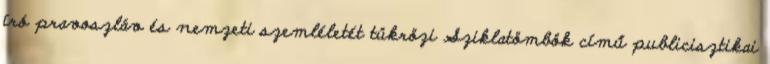
író pravoszláv és nemzeti szemléletét tükrözi Sziklatömbök című publicisztikai